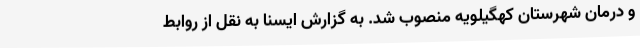
و درمان شهرستان کهگیلویه منصوب شد. به گزارش ایسنا به نقل از روابط